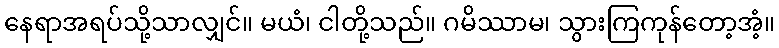
နေရာအရပ်သို့သာလျှင်။ မယံ၊ ငါတို့သည်။ ဂမိဿာမ၊ သွားကြကုန်တော့အံ့။